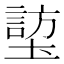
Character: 𪤜